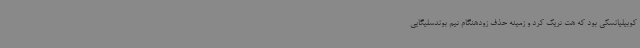
کوبیلیانسکی بود که هت تریک کرد و زمینه حذف زودهنگام تیم بوندسلیگایی